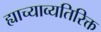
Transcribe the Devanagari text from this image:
ह्याच्याव्यतिरिक्त